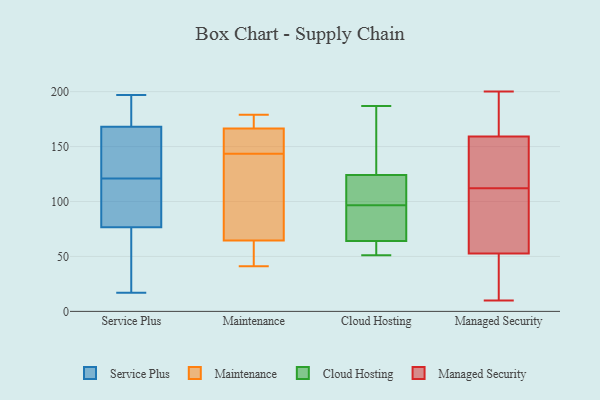
{"axis": {"x": "LTV (USD)", "y": "Value"}, "legend": ["Cloud Hosting", "Maintenance", "Managed Security", "Service Plus"], "data": [{"x": "", "y": 72, "type": "Service Plus"}, {"x": "", "y": 168, "type": "Service Plus"}, {"x": "", "y": 128, "type": "Service Plus"}, {"x": "", "y": 17, "type": "Service Plus"}, {"x": "", "y": 133, "type": "Service Plus"}, {"x": "", "y": 44, "type": "Service Plus"}, {"x": "", "y": 87, "type": "Service Plus"}, {"x": "", "y": 81, "type": "Service Plus"}, {"x": "", "y": 168, "type": "Service Plus"}, {"x": "", "y": 71, "type": "Service Plus"}, {"x": "", "y": 88, "type": "Service Plus"}, {"x": "", "y": 184, "type": "Service Plus"}, {"x": "", "y": 174, "type": "Service Plus"}, {"x": "", "y": 57, "type": "Service Plus"}, {"x": "", "y": 151, "type": "Service Plus"}, {"x": "", "y": 114, "type": "Service Plus"}, {"x": "", "y": 153, "type": "Service Plus"}, {"x": "", "y": 109, "type": "Service Plus"}, {"x": "", "y": 169, "type": "Service Plus"}, {"x": "", "y": 197, "type": "Service Plus"}, {"x": "", "y": 155, "type": "Maintenance"}, {"x": "", "y": 177, "type": "Maintenance"}, {"x": "", "y": 41, "type": "Maintenance"}, {"x": "", "y": 179, "type": "Maintenance"}, {"x": "", "y": 156, "type": "Maintenance"}, {"x": "", "y": 102, "type": "Maintenance"}, {"x": "", "y": 152, "type": "Maintenance"}, {"x": "", "y": 57, "type": "Maintenance"}, {"x": "", "y": 178, "type": "Maintenance"}, {"x": "", "y": 135, "type": "Maintenance"}, {"x": "", "y": 56, "type": "Maintenance"}, {"x": "", "y": 72, "type": "Maintenance"}, {"x": "", "y": 58, "type": "Cloud Hosting"}, {"x": "", "y": 124, "type": "Cloud Hosting"}, {"x": "", "y": 137, "type": "Cloud Hosting"}, {"x": "", "y": 103, "type": "Cloud Hosting"}, {"x": "", "y": 51, "type": "Cloud Hosting"}, {"x": "", "y": 64, "type": "Cloud Hosting"}, {"x": "", "y": 90, "type": "Cloud Hosting"}, {"x": "", "y": 118, "type": "Cloud Hosting"}, {"x": "", "y": 187, "type": "Cloud Hosting"}, {"x": "", "y": 87, "type": "Cloud Hosting"}, {"x": "", "y": 68, "type": "Managed Security"}, {"x": "", "y": 127, "type": "Managed Security"}, {"x": "", "y": 157, "type": "Managed Security"}, {"x": "", "y": 61, "type": "Managed Security"}, {"x": "", "y": 50, "type": "Managed Security"}, {"x": "", "y": 134, "type": "Managed Security"}, {"x": "", "y": 38, "type": "Managed Security"}, {"x": "", "y": 187, "type": "Managed Security"}, {"x": "", "y": 46, "type": "Managed Security"}, {"x": "", "y": 141, "type": "Managed Security"}, {"x": "", "y": 200, "type": "Managed Security"}, {"x": "", "y": 71, "type": "Managed Security"}, {"x": "", "y": 66, "type": "Managed Security"}, {"x": "", "y": 10, "type": "Managed Security"}, {"x": "", "y": 112, "type": "Managed Security"}, {"x": "", "y": 160, "type": "Managed Security"}, {"x": "", "y": 35, "type": "Managed Security"}, {"x": "", "y": 180, "type": "Managed Security"}, {"x": "", "y": 194, "type": "Managed Security"}]}